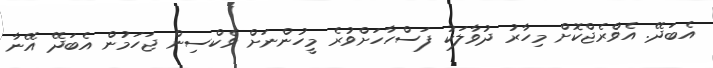
އެބަދޭ. އެވްރެޖްކޮށް މިހާރު ދުވާލަކު ފަސްހާހަށްވުރެ މީހުންނަށް ވެކްސިން ޖަހަމުން އެބަދޭ އޭނާ